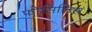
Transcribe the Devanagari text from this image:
फोसिलिस